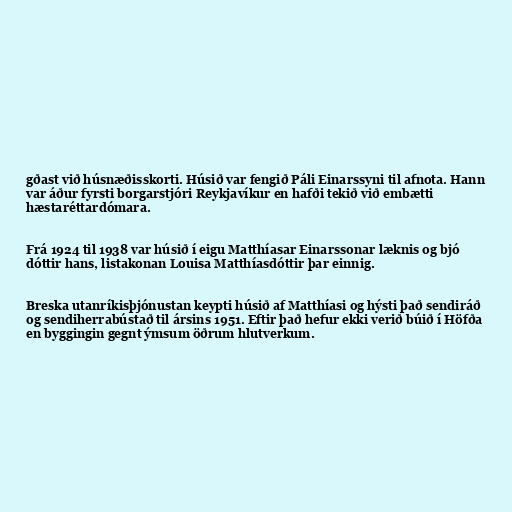
gðast við húsnæðisskorti. Húsið var fengið Páli Einarssyni til afnota. Hann
var áður fyrsti borgarstjóri Reykjavíkur en hafði tekið við embætti
hæstaréttardómara.

Frá 1924 til 1938 var húsið í eigu Matthíasar Einarssonar læknis og bjó
dóttir hans, listakonan Louisa Matthíasdóttir þar einnig.

Breska utanríkisþjónustan keypti húsið af Matthíasi og hýsti það sendiráð
og sendiherrabústað til ársins 1951. Eftir það hefur ekki verið búið í Höfða
en byggingin gegnt ýmsum öðrum hlutverkum.